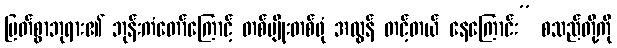
မြတ်စွာဘုရား၏ ဘုန်းကံတော်ကြောင့် တစ်မျိုးတစ်ဖုံ အလွန် တင့်တယ် နေကြောင်း” စသည်တို့ကို